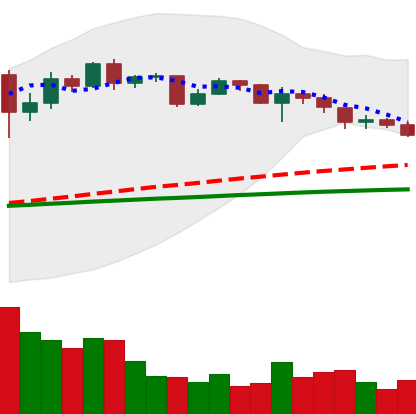
Ticker: XRP-USD
Chart end date: 2020-12-15
Forward return: 18.383%
Label: up_7plus